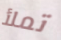
تملأ